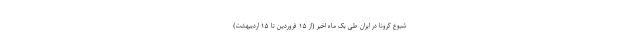
شیوع کرونا در ایران طی یک ماه اخیر (از ۱۵ فروردین تا ۱۵ اردیبهشت)